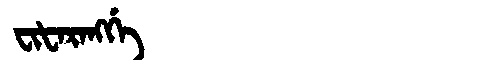
Manchu: ᠸᡳᡶᠠᡵᠠᠩᡤᡝ
Romanization: FIFARANGGE